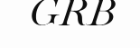
GRB